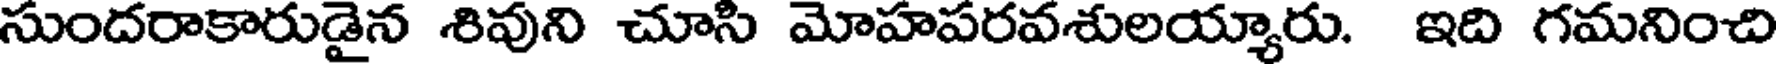
సుందరాకారుడైన శివుని చూసి మోహపరవశులయ్యారు. ఇది గమనించి